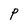
Character: P